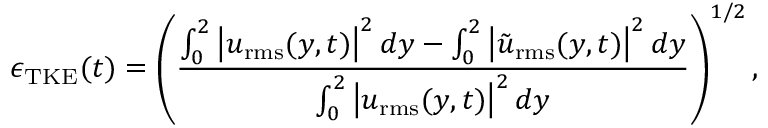
\epsilon _ { \mathrm { T K E } } ( t ) = \left( \frac { \int _ { 0 } ^ { 2 } \left| \boldsymbol { u } _ { \mathrm { r m s } } ( y , t ) \right| ^ { 2 } d y - \int _ { 0 } ^ { 2 } \left| \boldsymbol { \tilde { u } } _ { \mathrm { r m s } } ( y , t ) \right| ^ { 2 } d y } { \int _ { 0 } ^ { 2 } \left| \boldsymbol { u } _ { \mathrm { r m s } } ( y , t ) \right| ^ { 2 } d y } \right) ^ { 1 / 2 } ,